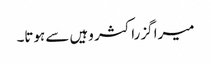
میرا گزراکثر وہیں سے ہوتا۔